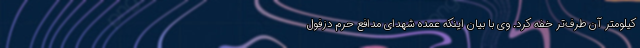
کیلومتر آن طرف‌تر خفه کرد. وی با بیان اینکه عمده شهدای مدافع حرم دزفول